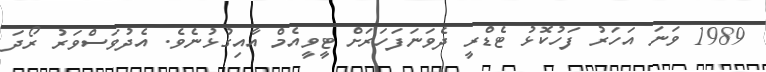
1989 ވަނަ އަހަރު ފަހުކޮޅު ޓެޑްރީ ދެވަނަފަހަރަށް ޓީވީއެމް އާއިގުޅުނެވެ. އެދުވަސްވަރު ރޯދަ